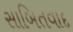
સાબિતવાદ